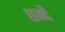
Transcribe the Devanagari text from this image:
शब्ब्दै